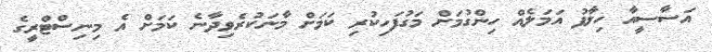
އަސާސީއާ ހިލާފު އަމަލެއް ހިންގުމަށް މަގުފަހިކުރި ކަމަށް މާނަކުރެވިދާނެ ކަމަށް އެ މިނިސްޓްރީގެ